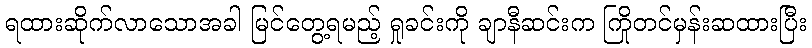
ရထားဆိုက်လာသောအခါ မြင်တွေ့ရမည့် ရှုခင်းကို ချာနီဆင်းက ကြိုတင်မှန်းဆထားပြီး